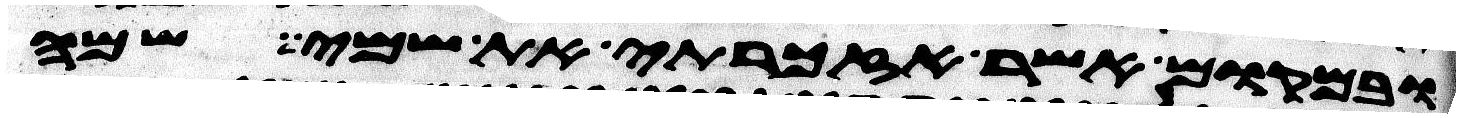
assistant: ובמקום אשר אזכרתי את שמי שמה